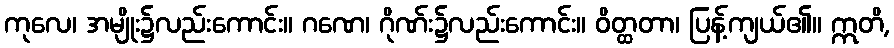
ကုလေ၊ အမျိုး၌လည်းကောင်း။ ဂဏေ၊ ဂိုဏ်း၌လည်းကောင်း။ ဝိတ္ထတာ၊ ပြန့်ကျယ်၏။ ဣတိ,